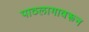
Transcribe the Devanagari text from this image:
पाठलागावरून